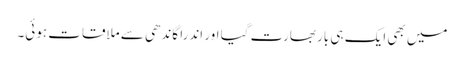
میں بھی ایک ہی بار بھارت گیا اور اندرا گاندھی سے ملاقات ہوئی۔